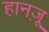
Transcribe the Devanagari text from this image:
हानज़ू